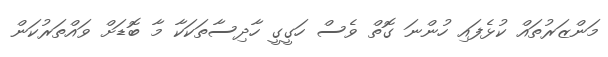
މަންޒަރުތައް ކުޅެފައި ހުންނަ ގޮތް ވެސް ހަގީގީ ހާދިސާތަކަކާ މާ ބޮޑަށް ވައްތަރުކަން